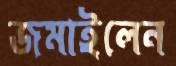
জমাইলেন